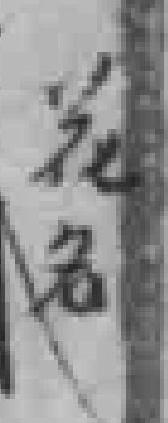
花名